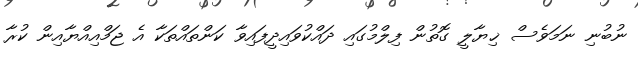
ނުބުނި ނަމަވެސް ޚިޔާލީ ގޮތުން ފިލްމުގައި ދައްކުވައިދީފައިވާ ކަންތައްތަކާ އެ ޖަމްއިއްޔާއިން ކުރާ